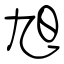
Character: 旭